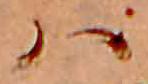
ハ